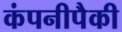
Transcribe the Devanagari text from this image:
कंपनीपैकी